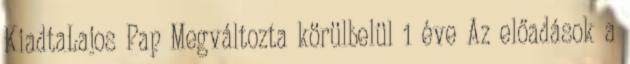
KiadtaLajos Pap Megváltozta körülbelül 1 éve Az előadások a